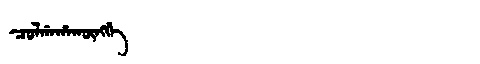
Manchu: ᠴᠣᠯᡤᠠᡥᠠᡴᡡᠩᡤᡝ
Romanization: COLGAHAKŪNGGE